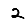
Digit: 2